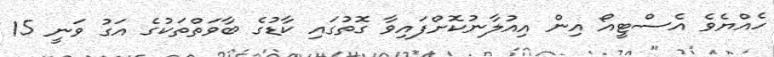
ހެއްޔެވެ އެސްޓީއޯ އިން އިއުލާނުކޮށްފައިވާ ގޮތުގައި ކާޑުގެ ބާވަތްތަކުގެ އަގު ވަނީ 15